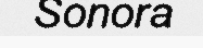
Sonora